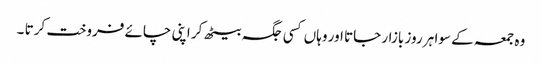
وہ جمعہ کے سوا ہر روز بازار جاتا اور وہاں کسی جگہ بیٹھ کر اپنی چائے فروخت کرتا ۔